Annual report of the Civil Veterinary Department, Bengal, for the year 1897-98 - 1897-1898
Year: 1897
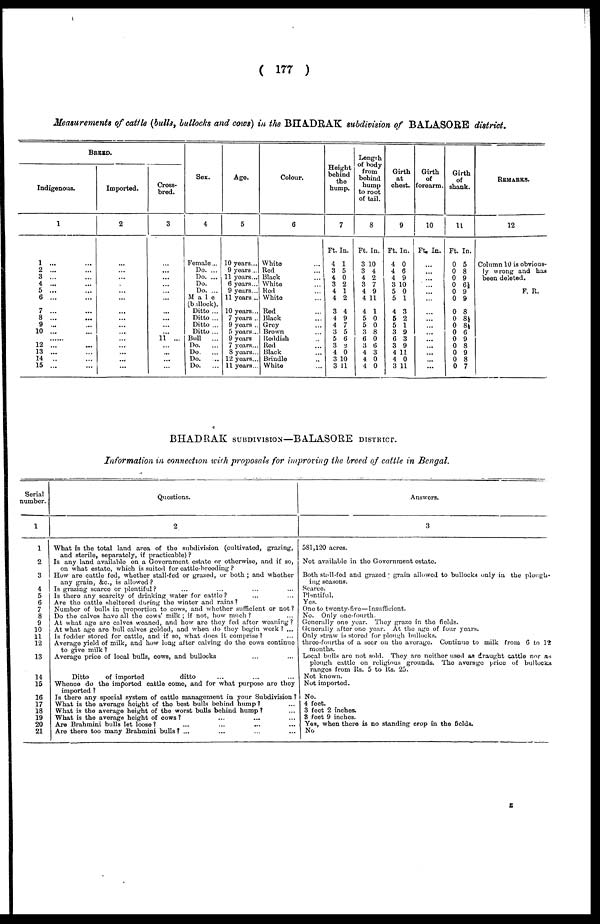
( 177 )
Measurements of cattle (bulls, bullocks and cows) in the BHADRAK subdivision of BALASORE district.
BREED.
Indigenous.
1
1 ...
2 ...
3 ...
4 ...
5 ...
6 ...
7
...
8 ...
9 ...
10 ...
12 ...
13 ...
14 ... ...
15 ...
Imported.
2
...
...
...
...
...
...
...
...
....
...
...
...
...
...
Cross-
bred.
3
...
....
...
...
...
...
...
... ...
...
... 11 ...
...
...
...
...
Sex.
4
Female...
Do. ...
Do. ...
Do. ...
Do. ...
Male
(bullock).
Ditto ...
Ditto ...
Ditto ...
Ditto ...
Bull
...
Do.
...
Do.
...
Do. ...
Do.
...
Age.
5
10 years...
9 years...
11 years...
6 years...
9 years...
11 years...
10 years...
7 years ...
9 years ...
5 years ...
9 years
7 years ...
8 years ...
12 years...
11 years...
Colour.
6
White ...
Red ...
Black ...
White ...
Red ...
White ...
Red ...
Black ...
Grey ...
Brown ...
Reddish ...
Rod ...
Black ...
Brindle ...
White ...
Height
behind
the
hump.
7
Ft. In.
4 1
3 5
4 0
3 2
4 1
4 2
3 4
4 9
4 7
3 5
5 6
3 2
4 0
3 10
3 11
Length
of body
from
behind
hump
to root
of tail.
8
Ft. In.
3 10
3 4
4 2
3 7
4 9
4 11
4 1
5 0
5 0
3 8
6 0
3 6
4 3
4 0
4 0
Girth
at
chest.
9
Ft. In.
4 0
4 6
4 9
3 10
5 0
5 1
4 3
5 2
5 1
3 9
6 3
3 9
4 11
4 0
3 11
Girth
of
forearm.
10
Ft. In.
...
...
...
...
...
...
... ...
....
...
...
....
...
...
...
Girth
of
shank.
11
Ft. In.
0 5
0 8
0 9
0 6½
0 9
0 9
0 8
0 8½
0 8½
0 6
0 9
0 8
0 9
0 8
0 7
REMARKS.
12
Column 10 is obvious-
ly wrong and has
been deleted.
F. R.
BHADRAK SUBDIVISION—BALASORE DISTRICT.
Information in connection with proposals for improving the breed of cattle in Bengal.
Serial
number.
1
1
2
3
4
5
6
7
8
9
10
11
12
13
14
15
16
17
18
19
20
21
Questions.
2
What is the total land area of the subdivision (cultivated, grazing,
and sterile, separately, if practicable) ?
Is any land available on a Government estate or otherwise, and if so,
on what estate, which is suited for cattle-breeding ?
How are cattle fed, whether stall-fed or grazed, or both ; and whether
any grain, &c, is allowed ?
Is grazing scarce or plentiful? ... ... ... ...
Is there any scarcity of drinking water for cattle? ... ...
Are the cattle sheltered during the winter and rains ?
Number of bulls in proportion to cows, and whether sufficient or not ?
Do the calves have all the cows' milk ; if not, how much? ...
At what age are calves weaned, and how are they fed after weaning ?
At what age are bull calves gelded, and when do they begin work ? ...
Is fodder stored for cattle, and if so, what does it comprise? ...
Average yield of milk, and how long after calving do the cows continue
to give milk ?
Average price of local bulls, cows, and bullocks ... ...
Ditto
of imported
ditto ... ... ...
Whence do the imported cattle come, and for what purpose are they
imported ?
Is there any special system of cattle management in your Subdivision ?
What is the average height of the best bulls behind hump? ...
What is the average height of the worst bulls behind hump ? ...
What is the average height of cows? ... ... ... ...
Are Brahmini bulls let loose ? ... ... ... ...
Are there too many Brahmini bulls? ... ... ... ... ...
Answers.
3
581,120 acres.
Not available in the Government estate.
Both stall-fed and grazed ; grain allowed to bullocks only in the plough-
ing seasons.
Scarce.
Plentiful.
Yes.
One to twenty-five—Insufficient.
No. Only one-fourth.
Generally one year. They graze in the fields.
Generally after one year. At the age of four years.
Only straw is stored for plough bullocks.
three-fourths of a seer on the average. Continue to milk from 6 to 12
months.
Local bulls are not sold. They are neither used as draught cattle nor as
plough cattle on religious grounds. The average price of bullocks
ranges from Rs. 5 to Rs. 25.
Not known.
Not imported.
No.
4 feet.
3 feet 2 inches.
3 feet 9 inches.
Yes, when there is no standing crop in the fields.
No
z